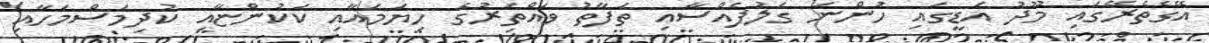
އޭގެތެރޭގައި މޫދު އަޑީގައި ހުންނަ ގަލުފެއްސާއި ތަފާތު ވައްތަރުގެ ހިޔަމައާއި ކަކުންޏާއި ކުދިމަސްމަހާއި